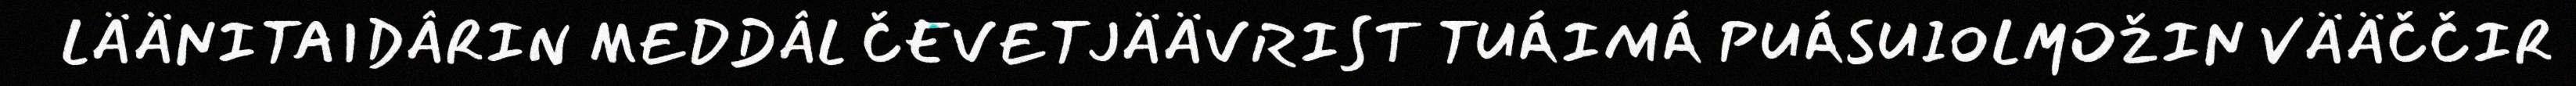
LÄÄNITAIDÂRIN MEDDÂL ČEVETJÄÄVRIST TUÁIMÁ PUÁSUIOLMOŽIN VÄÄČČIR